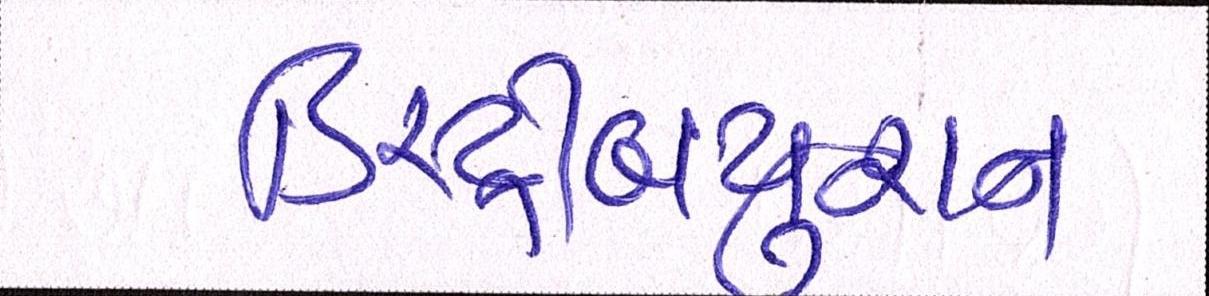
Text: ડિસ્ટ્રીબયુશન